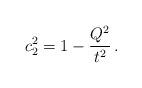
LaTeX: \begin{align*}c_2^2 = 1-\frac {Q^2}{t^2} \,.\end{align*}